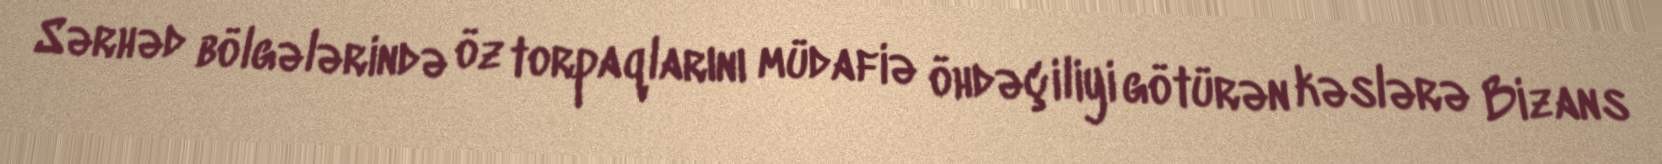
Sərhəd bölgələrində öz torpaqlarını müdafiə öhdəçiliyi götürən kəslərə Bizans